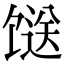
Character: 𩠌